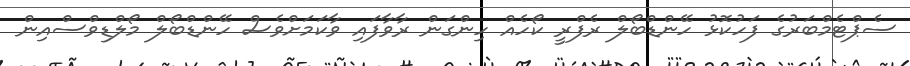
ސެޕްޓެމްބަރުގެ ފަހުކޮޅު ހޭންޑްބޯލް ރެފްރީ ކޯހެއް ހިންގަން ރާވާފައި ވާކަމަށްވެސް ހޭންޑްބޯލް މޯލްޑިވްސްއިން